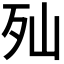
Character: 𣧈